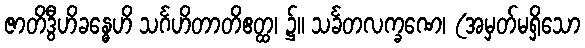
ဇာတိဒွီဟိခန္ဓေဟိ သင်္ဂဟိတာတိဧတ္ထ၊ ၌။ သင်္ခတလက္ခဏေ၊ (အမှတ်မရှိသော